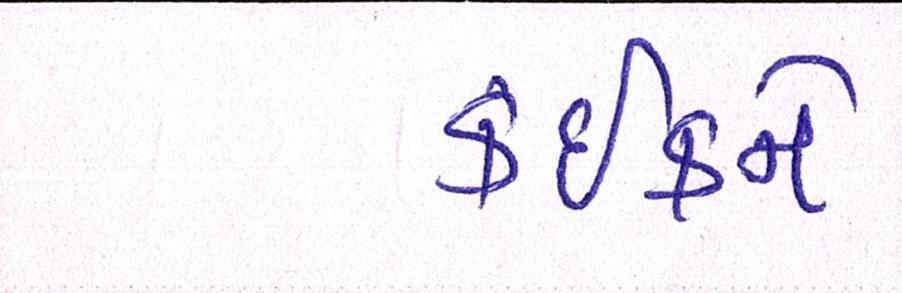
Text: કંઈકને